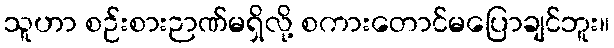
သူဟာ စဉ်းစားဉာဏ်မရှိလို့ စကားတောင်မပြောချင်ဘူး။